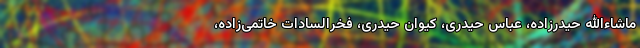
ماشاءالله حیدرزاده، عباس حیدری، کیوان حیدری، فخرالسادات خاتمی‌زاده،